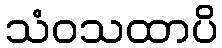
သံဝသထာပိ